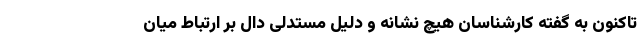
تاکنون به گفته کارشناسان هیچ نشانه‌ و دلیل مستدلی دال بر ارتباط میان